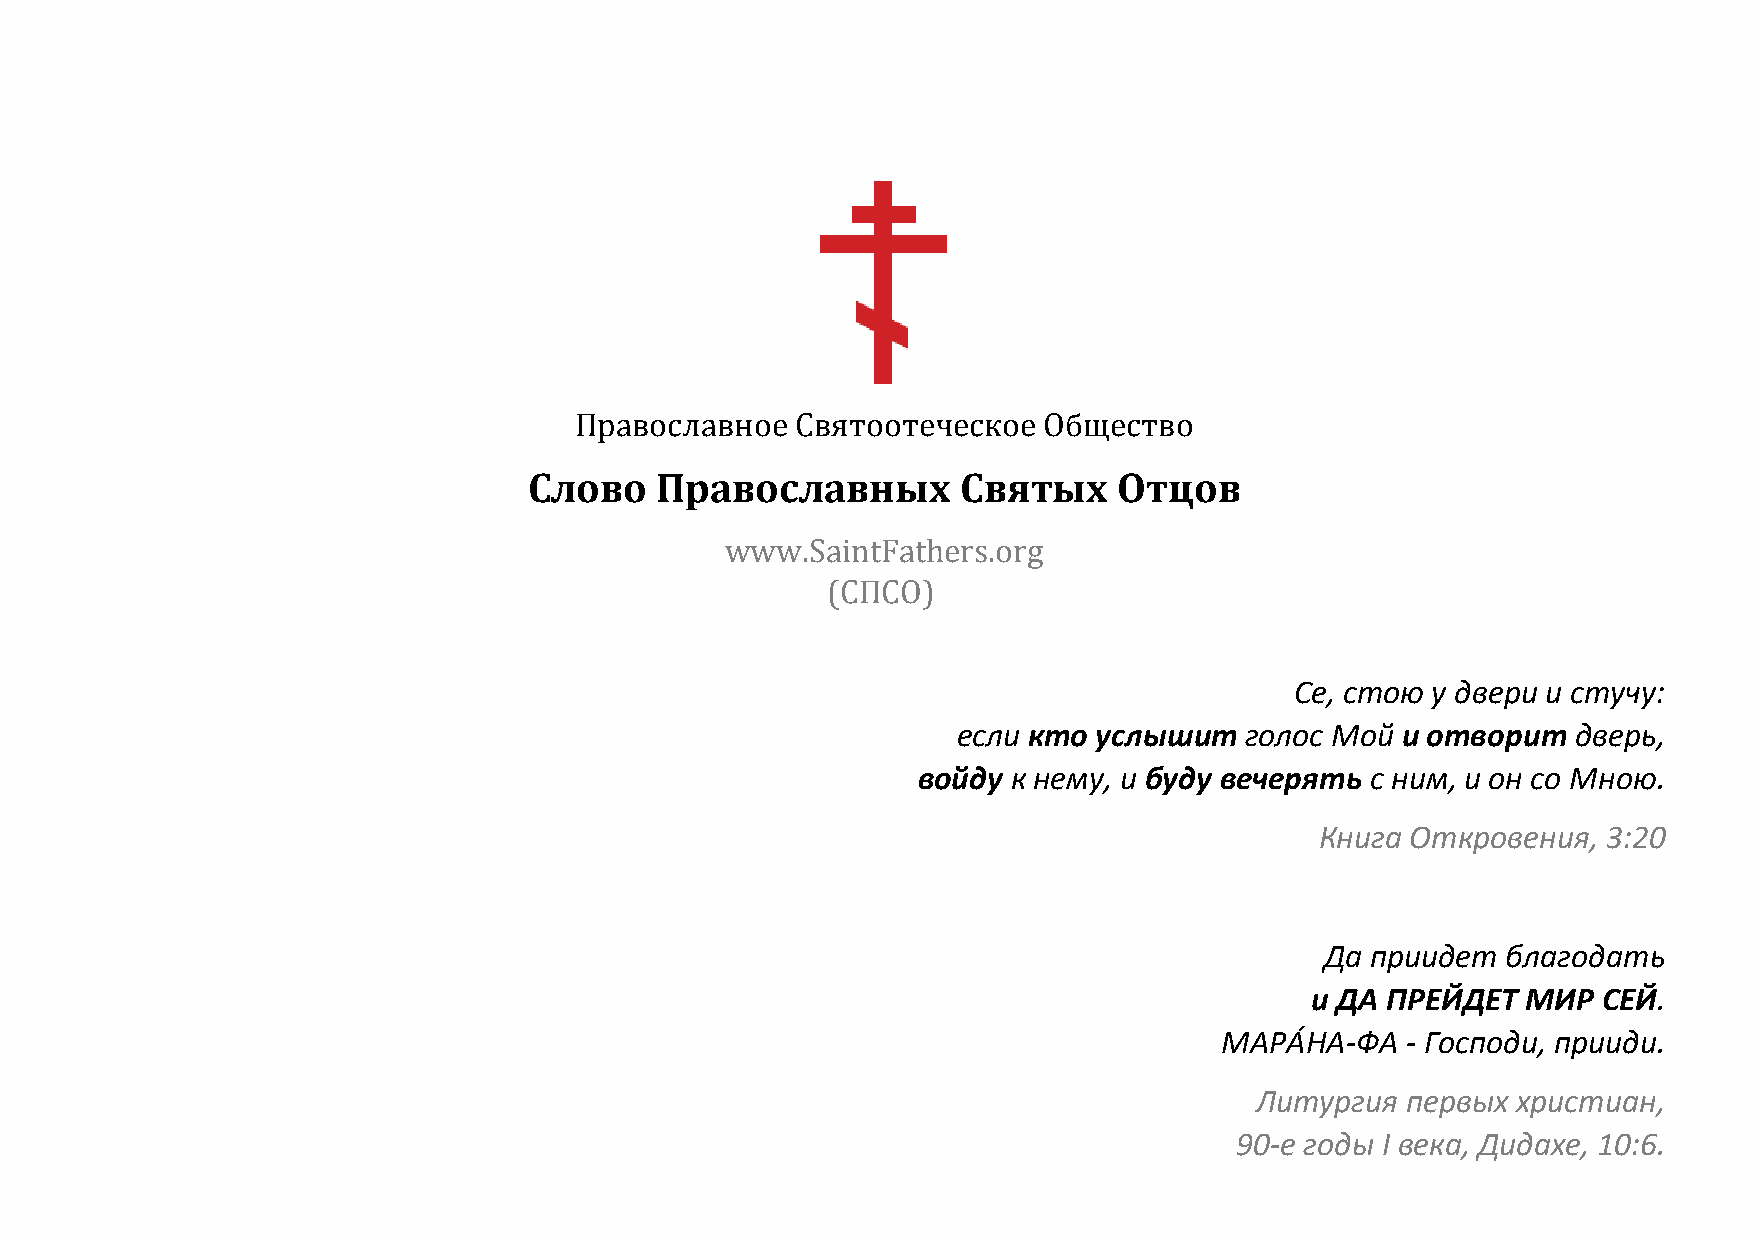
Православное   Святоотеческое  Общество
 Слово   Православных         Святых    Отцов
 www.SaintFathers.org
 (СПСО)
 Се, стою у двери и стучу:
 если кто  услышит  голос Мой  и отворит  дверь,
 войду к нему, и буду вечерять с ним, и он со Мною.
 Книга Откровения,  3:20
 Да приидет  благодать
 и ДА ПРЕЙДЕТ  МИР  СЕЙ.
 МАРАН́ А-ФА - Господи, прииди.
 Литургия  первых христиан,
 90-е годы I века, Дидахе, 10:6.